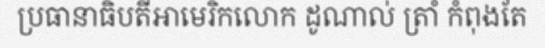
ប្រធានាធិបតីអាមេរិកលោក ដូណាល់ ត្រាំ កំពុងតែ